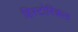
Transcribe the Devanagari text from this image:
हिस्‍टोरिकल